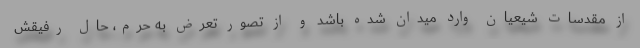
از مقدسات شیعیان وارد میدان شده باشد و از تصور تعرض به حرم، حال رفیقش